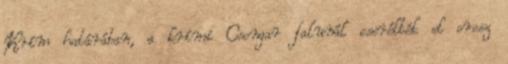
Krím határában, a krími Csongar falunál cserélték el orosz